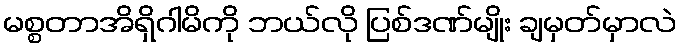
မစ္စတာအိရှိဂါမိကို ဘယ်လို ပြစ်ဒဏ်မျိုး ချမှတ်မှာလဲ